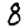
Digit: 8